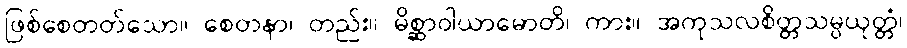
ဖြစ်စေတတ်သော။ စေတနာ၊ တည်း။ မိစ္ဆာဝါယာမောတိ၊ ကား။ အကုသလစိတ္တသမ္ပယုတ္တံ၊